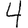
Digit: 4